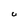
Character: U